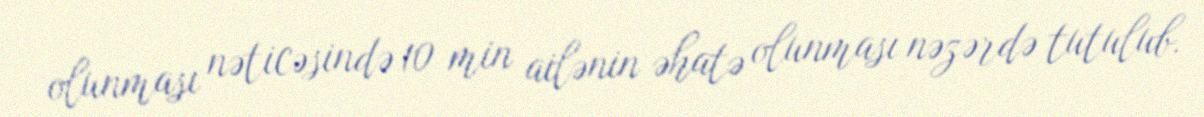
olunması nəticəsində 10 min ailənin əhatə olunması nəzərdə tutulub.